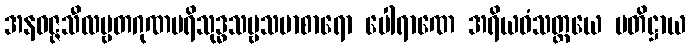
အနဝဇ္ဇသီလဗ္ဗတဂုဏပရိသုဒ္ဓသဗ္ဗသမာစာရော ပေါရာဏေ အရိယဝံသတ္တယေ ပတိဋ္ဌာယ